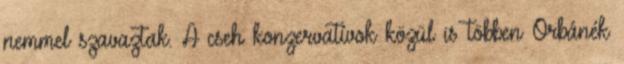
nemmel szavaztak. A cseh konzervatívok közül is többen Orbánék